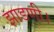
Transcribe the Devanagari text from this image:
झाडणी।